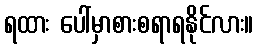
ရထား ပေါ်မှာစားစရာရနိုင်လား။